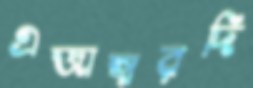
এজাহারদি